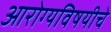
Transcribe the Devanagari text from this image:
आरोग्यविषयीचे